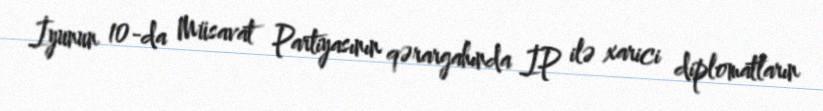
İyunun 10-da Müsavat Partiyasının qərargahında İP ilə xarici diplomatların